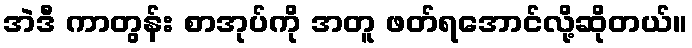
အဲဒီ ကာတွန်း စာအုပ်ကို အတူ ဖတ်ရအောင်လို့ဆိုတယ်။